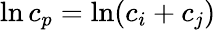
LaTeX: \ln c_{p}=\ln(c_{i}+c_{j})